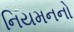
નિયમનનો